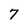
Character: 7